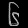
Digit: ၆